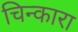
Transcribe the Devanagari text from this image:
चिन्कारा